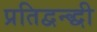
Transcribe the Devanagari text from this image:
प्रतिद्वन्द्धी